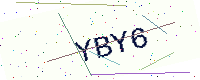
Text: YBY6